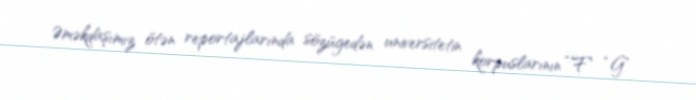
Əməkdaşımız ötən reportajlarında sözügedən universitetin korpuslarının “F” “G”